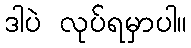
ဒါပဲ လုပ်ရမှာပါ။